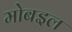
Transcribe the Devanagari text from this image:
मोबइल